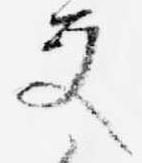
文